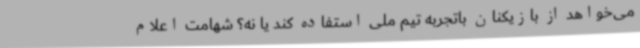
می‌خواهد از بازیکنان باتجربه تیم ملی استفاده کند یا نه؟ شهامت اعلام